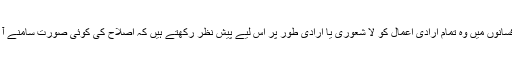
اپنے افسانوں میں وہ تمام ارادی اعمال کو لا شعوری یا ارادی طور پر اس لیے پیش نظر رکھتے ہیں کہ اصلاح کی کوئی صورت سامنے آ سکے۔